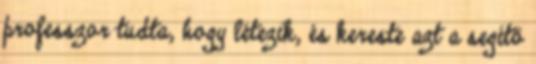
professzor tudta, hogy létezik, és kereste azt a segítő